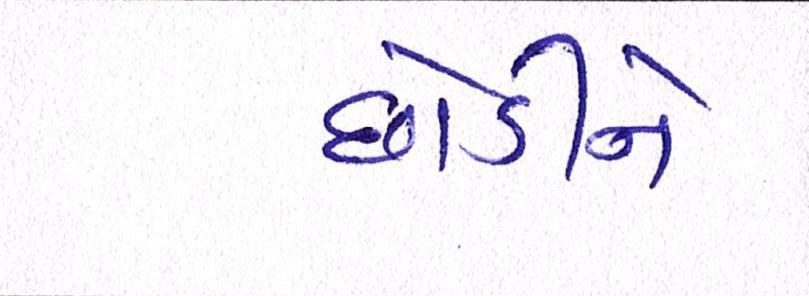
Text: છોડીને